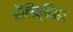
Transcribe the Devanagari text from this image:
सेलियूसिडा